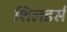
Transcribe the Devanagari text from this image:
शिलडर्स